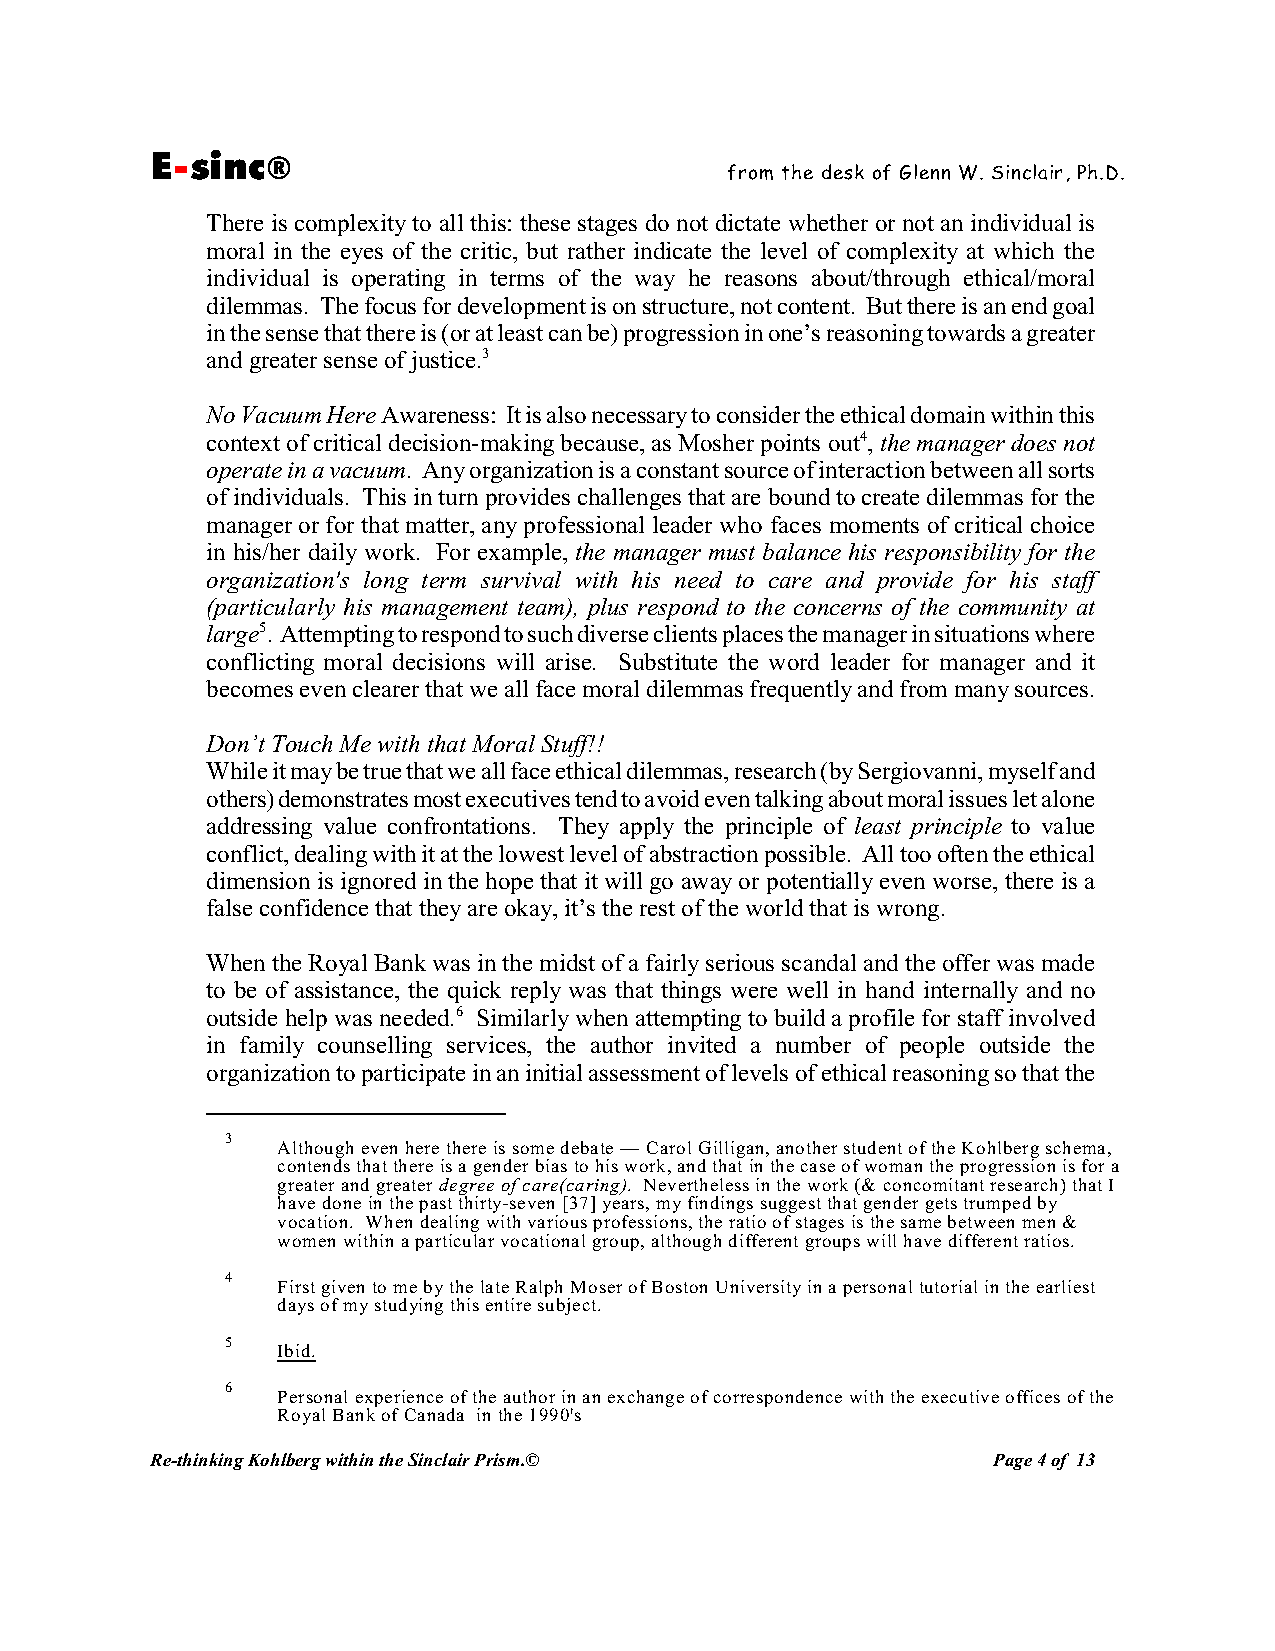
E-sinc®
 from the desk of Glenn W. Sinclair, Ph.D.
 There is complexity to all this: these stages do not dictate whether or not an individual is
 moral in the eyes of the critic, but rather indicate the level of complexity at which the
 individual is operating in terms of the way he reasons about/through ethical/moral
 dilemmas. The focus for development is on structure, not content. But there is an end goal
 in the sense that there is (or at least can be) progression in one’s reasoning towards a greater
 and greater sense of justice.3
 No Vacuum Here Awareness: It is also necessary to consider the ethical domain within this
 context of critical decision-making because, as Mosher points out4, the manager does not
 operate in a vacuum. Any organization is a constant source of interaction between all sorts
 of individuals. This in turn provides challenges that are bound to create dilemmas for the
 manager or for that matter, any professional leader who faces moments of critical choice
 in his/her daily work. For example, the manager must balance his responsibility for the
 organization's long term survival with his need to care and provide for his staff
 (particularly his management team), plus respond to the concerns of the community at
 large5. Attempting to respond to such diverse clients places the manager in situations where
 conflicting moral decisions will arise. Substitute the word leader for manager and it
 becomes even clearer that we all face moral dilemmas frequently and from many sources.
 Don’t Touch Me with that Moral Stuff!!
 While it may be true that we all face ethical dilemmas, research (by Sergiovanni, myself and
 others) demonstrates most executives tend to avoid even talking about moral issues let alone
 addressing value confrontations. They apply the principle of least principle to value
 conflict, dealing with it at the lowest level of abstraction possible. All too often the ethical
 dimension is ignored in the hope that it will go away or potentially even worse, there is a
 false confidence that they are okay, it’s the rest of the world that is wrong.
 When the Royal Bank was in the midst of a fairly serious scandal and the offer was made
 to be of assistance, the quick reply was that things were well in hand internally and no
 outside help was needed.6 Similarly when attempting to build a profile for staff involved
 in family counselling services, the author invited a number of people outside the
 organization to participate in an initial assessment of levels of ethical reasoning so that the
 3
 Although even here there is some debate — Carol Gilligan, another student of the Kohlberg schema,
 contends that there is a gender bias to his work, and that in the case of woman the progression is for a
 greater and greater degree of care(caring). Nevertheless in the work (& concomitant research) that I
 have done in the past thirty-seven [37] years, my findings suggest that gender gets trumped by
 vocation. When dealing with various professions, the ratio of stages is the same between men &
 women within a particular vocational group, although different groups will have different ratios.
 4
 First given to me by the late Ralph Moser of Boston University in a personal tutorial in the earliest
 days of my studying this entire subject.
 5
 Ibid.
 6
 Personal experience of the author in an exchange of correspondence with the executive offices of the
 Royal Bank of Canada in the 1990's
 Re-thinking Kohlberg within the Sinclair Prism.©        Page 4 of 13